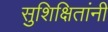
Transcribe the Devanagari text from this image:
सुशिक्षितांनी